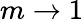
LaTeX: m\to 1